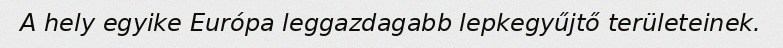
A hely egyike Európa leggazdagabb lepkegyűjtő területeinek.